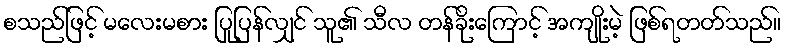
စသည်ဖြင့် မလေးမစား ပြုပြန်လျှင် သူ၏ သီလ တန်ခိုးကြောင့် အကျိုးမဲ့ ဖြစ်ရတတ်သည်။